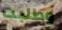
وطلبت